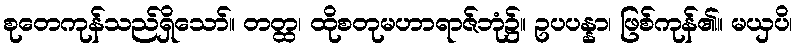
စုတေကုန်သည်ရှိသော်။ တတ္ထ၊ ထိုစတုမဟာရာဇ်ဘုံ၌။ ဥပပန္နာ၊ ဖြစ်ကုန်၏။ မယှပိ၊